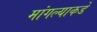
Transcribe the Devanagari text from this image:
मांगल्याकडे